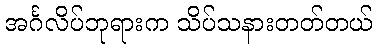
အင်္ဂလိပ်ဘုရားက သိပ်သနားတတ်တယ်